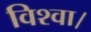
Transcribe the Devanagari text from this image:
विश्वा।